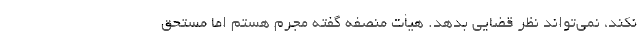
نکند، نمی‌تواند نظر قضایی بدهد. هیأت منصفه گفته مجرم هستم اما مستحق